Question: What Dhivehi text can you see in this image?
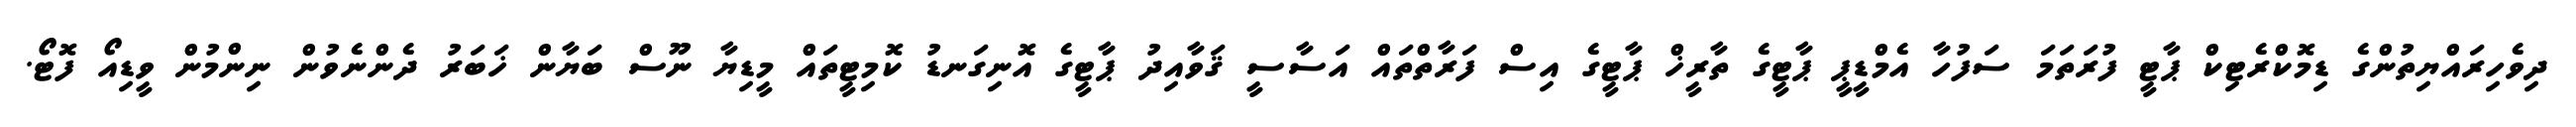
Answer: ދިވެހިރައްޔިތުންގެ ޑިމޮކްރެޓިކް ޕާޓީ ފުރަތަމަ ސަފުހާ އެމްޑީޕީ ޕާޓީގެ ތާރީޚް ޕާޓީގެ އިސް ފަރާތްތައް އަސާސީ ޤަވާއިދު ޕާޓީގެ އޮނިގަނޑު ކޮމިޓީތައް މީޑިޔާ ނޫސް ބަޔާން ޚަބަރު ދެންނެވުން ނިންމުން ވީޑިއޯ ފޮޓޯ.